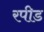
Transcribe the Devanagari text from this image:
रपीड